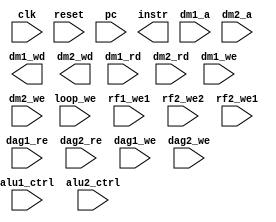
module datapath
  (
   input 		 clk, reset,
   input [15:0]  pc,
   output [63:0] instr,
   input [15:0]  dm1_a, dm2_a,
   output [31:0] dm1_wd, dm2_wd,
   input [31:0]  dm1_rd, dm2_rd,
   input 		 dm1_we, dm2_we,
   input 		 loop_we,
   input 		 rf1_we1, rf2_we2, rf2_we1, rf2_we2,
   input 		 dag1_re, dag2_re, dag1_we, dag2_we,
   input [2:0] 	 alu1_ctrl, alu2_ctrl);

endmodule